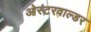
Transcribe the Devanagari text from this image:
ओस्टरवाल्डर